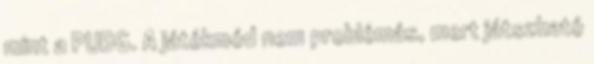
mint a PUBG. A játékmód nem problémás, mert játszható